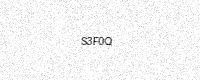
Text: S3F0Q